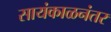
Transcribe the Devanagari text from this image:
सायंकाळनंतर